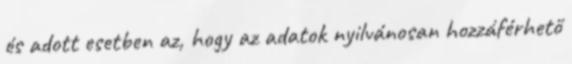
és adott esetben az, hogy az adatok nyilvánosan hozzáférhető